Vaccination in Bombay 1869-1873 - 1869-1873
Year: 1869
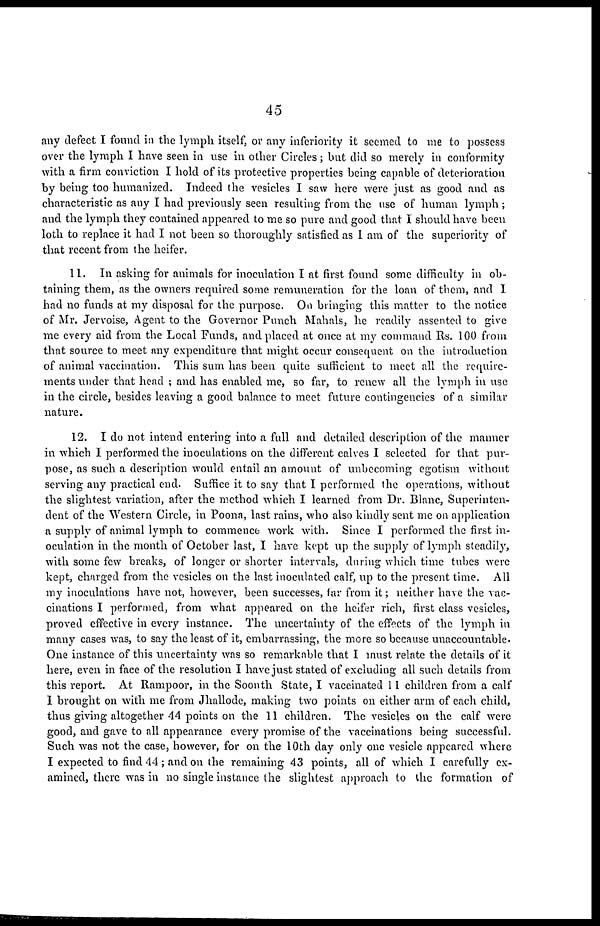
45
any defect I found in the lymph itself, or any inferiority it seemed to me to possess
over the lymph I have seen in use in other Circles; but did so merely in conformity
with a firm conviction I hold of its protective properties being capable of deterioration
by being too humanized. Indeed the vesicles I saw here were just as good and as
characteristic as any I had previously seen resulting from the use of human lymph ;
and the lymph they contained appeared to me so pure and good that I should have been
loth to replace it had I not been so thoroughly satisfied as I am of the superiority of
that recent from the heifer.
11. In asking for animals for inoculation I at first found some difficulty in ob-
taining them, as the owners required some remuneration for the loan of them, and 1
had no funds at my disposal for the purpose. On bringing this matter to the notice
of Mr. Jervoise, Agent to the Governor Punch Mahals, he readily assented to give
me every aid from the Local Funds, and placed at once at my command Rs. 100 from
that source to meet any expenditure that might occur consequent on the introduction
of animal vaccination. This sum has been quite sufficient to meet all the require-
ments under that head ; and has enabled me, so far, to renew all the lymph in use
in the circle, besides leaving a good balance to meet future contingencies of a similar
nature.
12. I do not intend entering into a full and detailed description of the manner
in which I performed the inoculations on the different calves I selected for that pur-
pose, as such a description would entail an amount of unbecoming egotism without
serving any practical end. Suffice it to say that I performed the operations, without
the slightest variation, after the method which I learned from Dr. Blanc, Superinten-
dent of the Western Circle, in Poona, last rains, who also kindly sent me on application
a supply of animal lymph to commence work with. Since I performed the first in-
oculation in the month of October last, I have kept up the supply of lymph steadily,
with some few breaks, of longer or shorter intervals, during which time tubes were
kept, charged from the vesicles on the last inoculated calf, up to the present time. All
my inoculations have not, however, been successes, far from it; neither have the vac-
cinations I performed, from what appeared on the heifer rich, first class vesicles,
proved effective in every instance. The uncertainty of the effects of the lymph in
many cases was, to say the least of it, embarrassing, the more so because unaccountable.
One instance of this uncertainty was so remarkable that I must relate the details of it
here, even in face of the resolution I have just stated of excluding all such details from
this report. At Rampoor, in the Soonth State, I vaccinated 11 children from a calf
1 brought on with me from Jhallode, making two points on either arm of each child,
thus giving altogether 44 points on the 11 children. The vesicles on the calf were
good, and gave to all appearance every promise of the vaccinations being successful.
Such was not the case, however, for on the 10th day only one vesicle appeared where
I expected to find 44; and on the remaining 43 points, all of which I carefully ex-
amined, there was in no single instance the slightest approach to the formation of